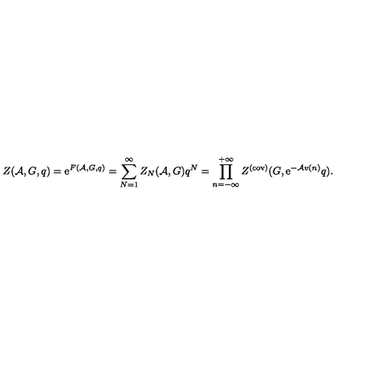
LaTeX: Z ( { \cal A } , G , q ) = \mathrm { e } ^ { F ( { \cal A } , G , q ) } = \sum _ { N = 1 } ^ { \infty } Z _ { N } ( { \cal A } , G ) q ^ { N } = \prod _ { n = - \infty } ^ { + \infty } Z ^ { ( \mathrm { c o v ) } } ( G , \mathrm { e } ^ { - { \cal A } v ( n ) } q ) .